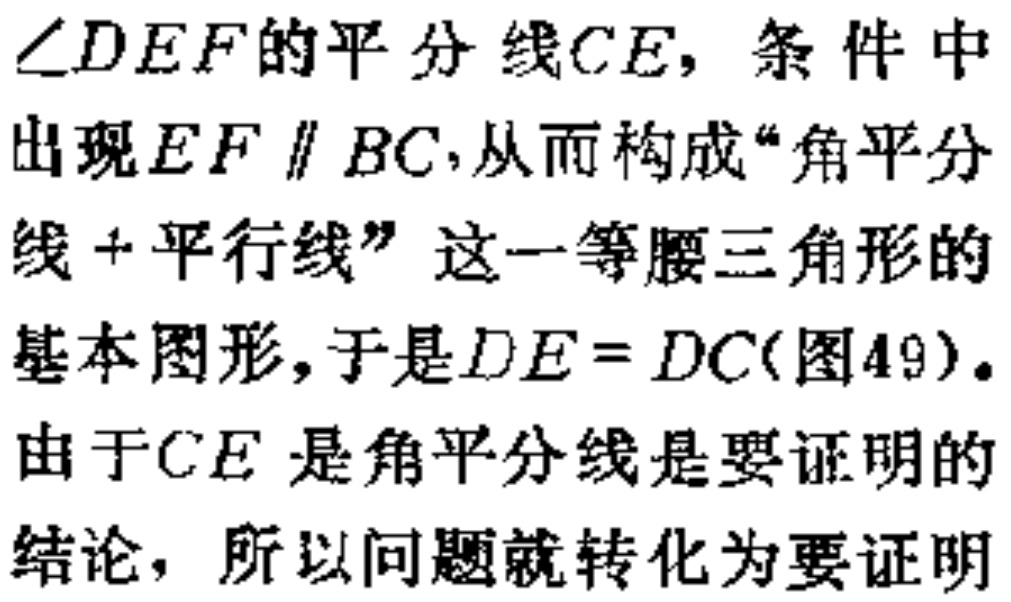
\(\angle DEF\)的平分线\(CE\)，条件中出现\(EF \parallel BC\)，从而构成“角平分线+平行线”这一等腰三角形的基本图形，于是\(DE = DC\)(图49)。
由于\(CE\)是角平分线是要证明的结论，所以问题就转化为要证明